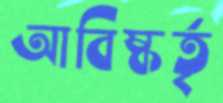
আবিষ্কর্তৃ